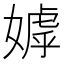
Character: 嫭